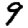
Digit: 9